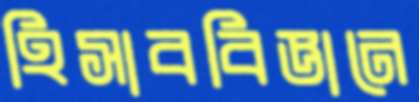
হিসাববিজ্ঞানে